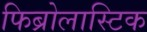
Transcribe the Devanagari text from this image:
फिब्रोलास्टिक